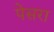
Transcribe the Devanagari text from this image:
पेसरा